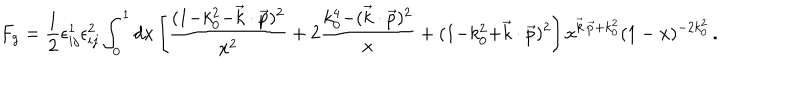
F _ { g } = { \frac { 1 } { 2 } } \epsilon _ { i j } ^ { 1 } \epsilon _ { i j } ^ { 2 } \int _ { 0 } ^ { 1 } d x \left[ { \frac { ( 1 { - } k _ { 0 } ^ { 2 } { - } \vec { k } \cdot \vec { p } ) ^ { 2 } } { x ^ { 2 } } } + 2 { \frac { k _ { 0 } ^ { 4 } { - } ( \vec { k } \cdot \vec { p } ) ^ { 2 } } { x } } + ( 1 { - } k _ { 0 } ^ { 2 } { + } \vec { k } \cdot \vec { p } ) ^ { 2 } \right] x ^ { \vec { k } \cdot \vec { p } + k _ { 0 } ^ { 2 } } ( 1 - x ) ^ { - 2 k _ { 0 } ^ { 2 } } \, .